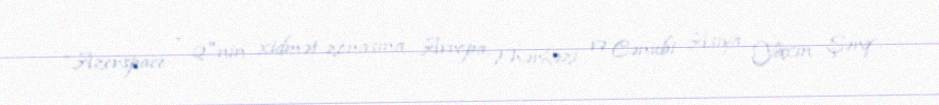
“Azerspace - 2"nin xidmət zonasına Avropa, Mərkəzi və Cənubi Asiya, Yaxın Şərq